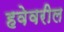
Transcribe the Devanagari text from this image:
हवेवरील